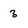
Character: 3